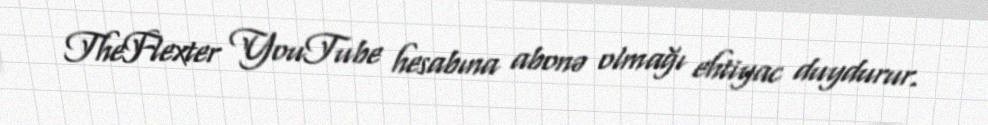
TheFlexter YouTube hesabına abonə olmağı ehtiyac duydurur.